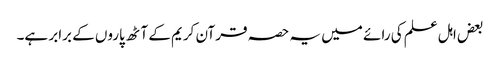
بعض اہل علم کی رائے میں یہ حصہ قرآن کریم کے آٹھ پاروں کے برابر ہے۔